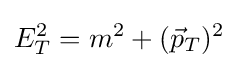
E_{T}^{2}=m^{2}+({\vec {p}}_{T})^{2}